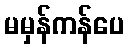
မမှန်ကန်ပေ